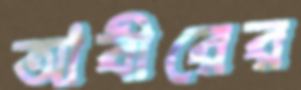
আবীরের